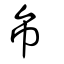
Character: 彝